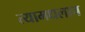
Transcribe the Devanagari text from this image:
त्यामधलाच